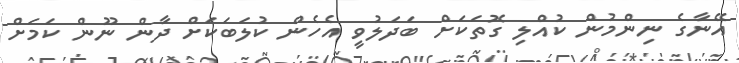
އޭނާގެ ނިންމުން ކުއްލި ގޮތަކަށް ބަދަލުވީ އެހެން ކުލަބަކަށް ދާން ނޫން ކަމަށް